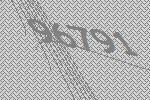
96791